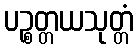
ပဉ္စတ္တယသုတ္တံ